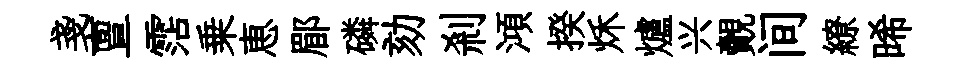
戔亶霑乗恵郿磷劾剎澒揆秌爐兴覿间繚晞